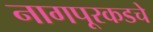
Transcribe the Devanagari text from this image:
नागपूरकडचे